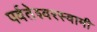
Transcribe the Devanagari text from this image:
पर्वतेश्‍वरस्वामी